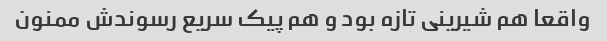
واقعا هم شیرینی تازه بود و هم پیک سریع رسوندش ممنون